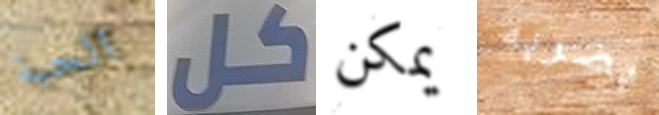
الحبة كل يمكن بضربه